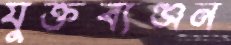
যুক্তব্যঞ্জন